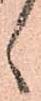
ヽ